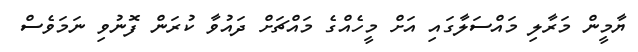
ޔާމީން މަރާލި މައްސަލާގައި އަށް މީހެއްގެ މައްޗަށް ދައުވާ ކުރަން ފޮނުވި ނަމަވެސް